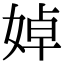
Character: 婥